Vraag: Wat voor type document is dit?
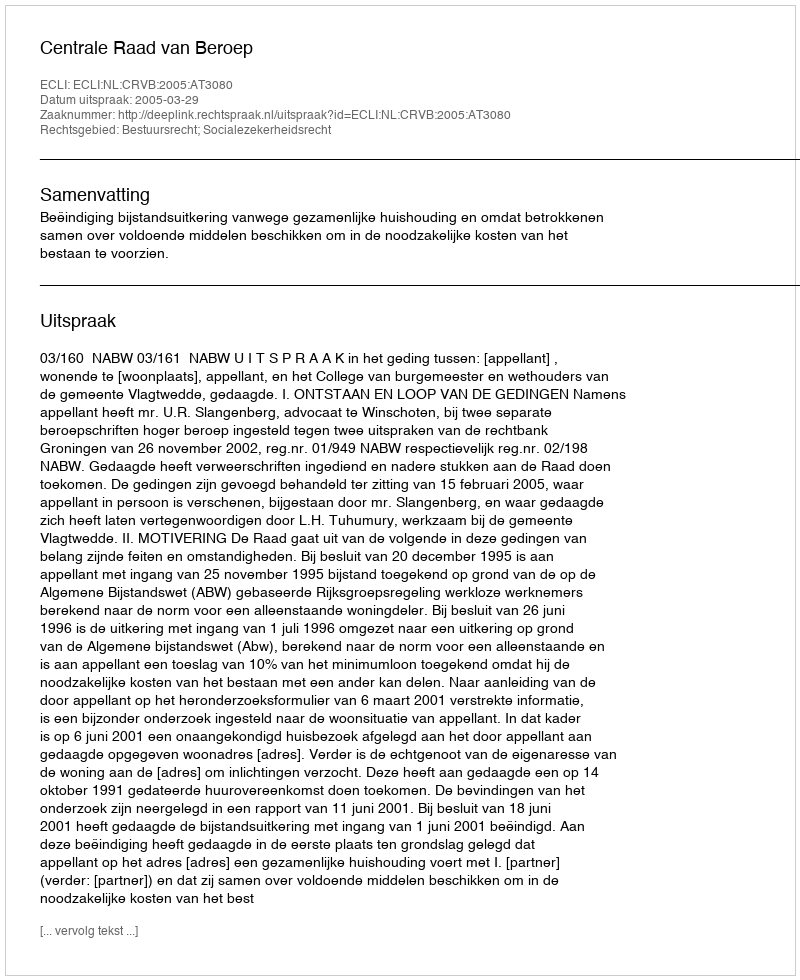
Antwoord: Uitspraak